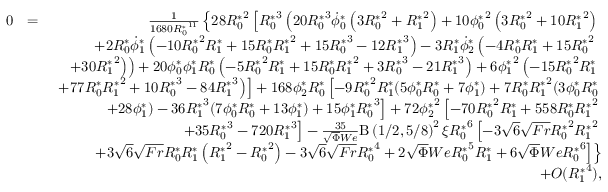
\begin{array} { r l r } { 0 } & { = } & { \frac { 1 } { 1 6 8 0 { R _ { 0 } ^ { * } } ^ { 1 1 } } \left\{ 2 8 { R _ { 0 } ^ { * } } ^ { 2 } \left[ { R _ { 0 } ^ { * } } ^ { 3 } \left( 2 0 { R _ { 0 } ^ { * } } ^ { 3 } \dot { \phi } _ { 0 } ^ { * } \left( 3 { R _ { 0 } ^ { * } } ^ { 2 } + { R _ { 1 } ^ { * } } ^ { 2 } \right) + 1 0 { \phi _ { 0 } ^ { * } } ^ { 2 } \left( 3 { R _ { 0 } ^ { * } } ^ { 2 } + 1 0 { R _ { 1 } ^ { * } } ^ { 2 } \right) \right. \right. \right. } \\ & { } & { \left. \left. \left. + 2 { R _ { 0 } ^ { * } } \dot { \phi } _ { 1 } ^ { * } \left( - 1 0 { R _ { 0 } ^ { * } } ^ { 2 } { R _ { 1 } ^ { * } } + 1 5 { R _ { 0 } ^ { * } } { R _ { 1 } ^ { * } } ^ { 2 } + 1 5 { R _ { 0 } ^ { * } } ^ { 3 } - 1 2 { R _ { 1 } ^ { * } } ^ { 3 } \right) - 3 { R _ { 1 } ^ { * } } \dot { \phi } _ { 2 } ^ { * } \left( - 4 { R _ { 0 } ^ { * } } { R _ { 1 } ^ { * } } + 1 5 { R _ { 0 } ^ { * } } ^ { 2 } \right. \right. \right. \right. } \\ & { } & { \left. \left. \left. \left. + 3 0 { R _ { 1 } ^ { * } } ^ { 2 } \right) \right) + 2 0 { \phi _ { 0 } ^ { * } } { \phi _ { 1 } ^ { * } } { R _ { 0 } ^ { * } } \left( - 5 { R _ { 0 } ^ { * } } ^ { 2 } { R _ { 1 } ^ { * } } + 1 5 { R _ { 0 } ^ { * } } { R _ { 1 } ^ { * } } ^ { 2 } + 3 { R _ { 0 } ^ { * } } ^ { 3 } - 2 1 { R _ { 1 } ^ { * } } ^ { 3 } \right) + 6 { \phi _ { 1 } ^ { * } } ^ { 2 } \left( - 1 5 { R _ { 0 } ^ { * } } ^ { 2 } { R _ { 1 } ^ { * } } \right. \right. \right. } \\ & { } & { \left. \left. \left. + 7 7 { R _ { 0 } ^ { * } } { R _ { 1 } ^ { * } } ^ { 2 } + 1 0 { R _ { 0 } ^ { * } } ^ { 3 } - 8 4 { R _ { 1 } ^ { * } } ^ { 3 } \right) \right] + 1 6 8 { \phi _ { 2 } ^ { * } } { R _ { 0 } ^ { * } } \left[ - 9 { R _ { 0 } ^ { * } } ^ { 2 } { R _ { 1 } ^ { * } } ( 5 { \phi _ { 0 } ^ { * } } { R _ { 0 } ^ { * } } + 7 { \phi _ { 1 } ^ { * } } ) + 7 { R _ { 0 } ^ { * } } { R _ { 1 } ^ { * } } ^ { 2 } ( 3 { \phi _ { 0 } ^ { * } } { R _ { 0 } ^ { * } } \right. \right. } \\ & { } & { \left. \left. + 2 8 { \phi _ { 1 } ^ { * } } ) - 3 6 { R _ { 1 } ^ { * } } ^ { 3 } ( 7 { \phi _ { 0 } ^ { * } } { R _ { 0 } ^ { * } } + 1 3 { \phi _ { 1 } ^ { * } } ) + 1 5 { \phi _ { 1 } ^ { * } } { R _ { 0 } ^ { * } } ^ { 3 } \right] + 7 2 { \phi _ { 2 } ^ { * } } ^ { 2 } \left[ - 7 0 { R _ { 0 } ^ { * } } ^ { 2 } { R _ { 1 } ^ { * } } + 5 5 8 { R _ { 0 } ^ { * } } { R _ { 1 } ^ { * } } ^ { 2 } \right. \right. } \\ & { } & { \left. \left. + 3 5 { R _ { 0 } ^ { * } } ^ { 3 } - 7 2 0 { R _ { 1 } ^ { * } } ^ { 3 } \right] - \frac { 3 5 } { \sqrt { \Phi } W e } \mathrm { B } \left( 1 / 2 , 5 / 8 \right) ^ { 2 } \xi { R _ { 0 } ^ { * } } ^ { 6 } \left[ - 3 \sqrt { 6 } \sqrt { F r } { R _ { 0 } ^ { * } } ^ { 2 } { R _ { 1 } ^ { * } } ^ { 2 } \right. \right. } \\ & { } & { \left. \left. + 3 \sqrt { 6 } \sqrt { F r } { R _ { 0 } ^ { * } } { R _ { 1 } ^ { * } } \left( { R _ { 1 } ^ { * } } ^ { 2 } - { R _ { 0 } ^ { * } } ^ { 2 } \right) - 3 \sqrt { 6 } \sqrt { F r } { R _ { 0 } ^ { * } } ^ { 4 } + 2 \sqrt { \Phi } W e { R _ { 0 } ^ { * } } ^ { 5 } { R _ { 1 } ^ { * } } + 6 \sqrt { \Phi } W e { R _ { 0 } ^ { * } } ^ { 6 } \right] \right\} } \\ & { } & { + O ( { R _ { 1 } ^ { * } } ^ { 4 } ) , } \end{array}